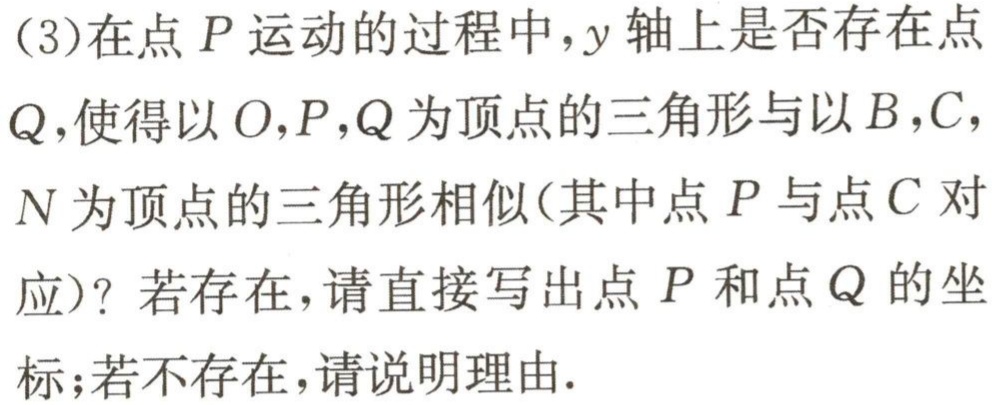
(3)在点\(P\)运动的过程中，\(y\)轴上是否存在点\(Q\)，使得以\(O,P,Q\)为顶点的三角形与以\(B,C,N\)为顶点的三角形相似(其中点\(P\)与点\(C\)对应)？若存在，请直接写出点\(P\)和点\(Q\)的坐标；若不存在，请说明理由.